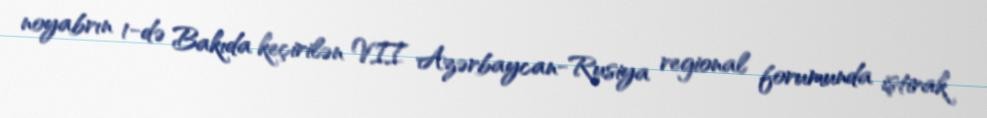
noyabrın 1-də Bakıda keçirilən VII Azərbaycan-Rusiya regional forumunda iştirak